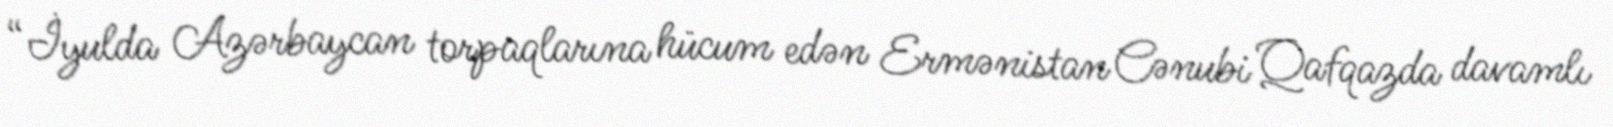
“İyulda Azərbaycan torpaqlarına hücum edən Ermənistan Cənubi Qafqazda davamlı